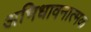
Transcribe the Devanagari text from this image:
अभिधावनात्मक